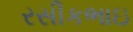
રસીકભાઇ